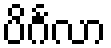
ပိင်္ဂလာ